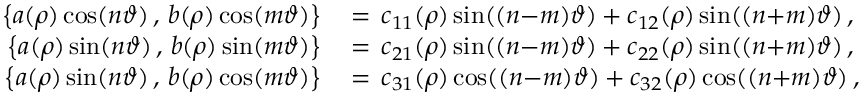
\begin{array} { r l } { \bigl \{ a ( \rho ) \cos ( n \vartheta ) \, , \, b ( \rho ) \cos ( m \vartheta ) \bigr \} \, } & { = \, c _ { 1 1 } ( \rho ) \sin ( ( n { - } m ) \vartheta ) + c _ { 1 2 } ( \rho ) \sin ( ( n { + } m ) \vartheta ) \, , } \\ { \bigl \{ a ( \rho ) \sin ( n \vartheta ) \, , \, b ( \rho ) \sin ( m \vartheta ) \bigr \} \, } & { = \, c _ { 2 1 } ( \rho ) \sin ( ( n { - } m ) \vartheta ) + c _ { 2 2 } ( \rho ) \sin ( ( n { + } m ) \vartheta ) \, , } \\ { \bigl \{ a ( \rho ) \sin ( n \vartheta ) \, , \, b ( \rho ) \cos ( m \vartheta ) \bigr \} \, } & { = \, c _ { 3 1 } ( \rho ) \cos ( ( n { - } m ) \vartheta ) + c _ { 3 2 } ( \rho ) \cos ( ( n { + } m ) \vartheta ) \, , } \end{array}